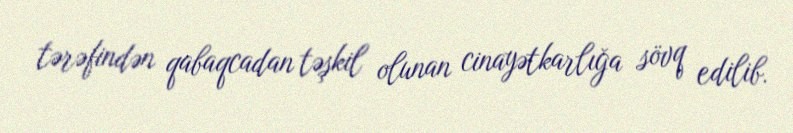
tərəfindən qabaqcadan təşkil olunan cinayətkarlığa sövq edilib.